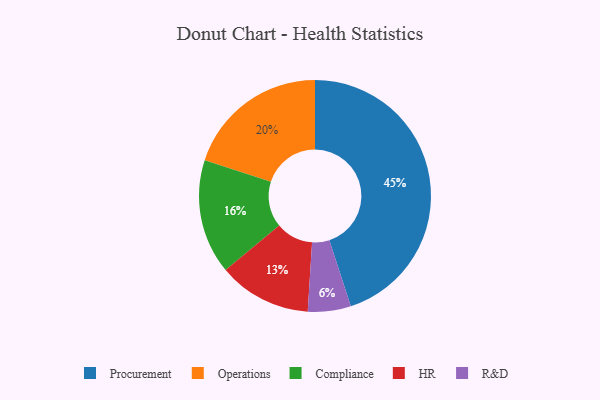
{"axis": {"x": "Category", "y": "Percentage"}, "legend": ["Compliance", "HR", "Operations", "Procurement", "R&D"], "data": [{"x": "Operations", "y": 20, "type": "Operations"}, {"x": "Compliance", "y": 16, "type": "Compliance"}, {"x": "R&D", "y": 6, "type": "R&D"}, {"x": "Procurement", "y": 45, "type": "Procurement"}, {"x": "HR", "y": 13, "type": "HR"}]}